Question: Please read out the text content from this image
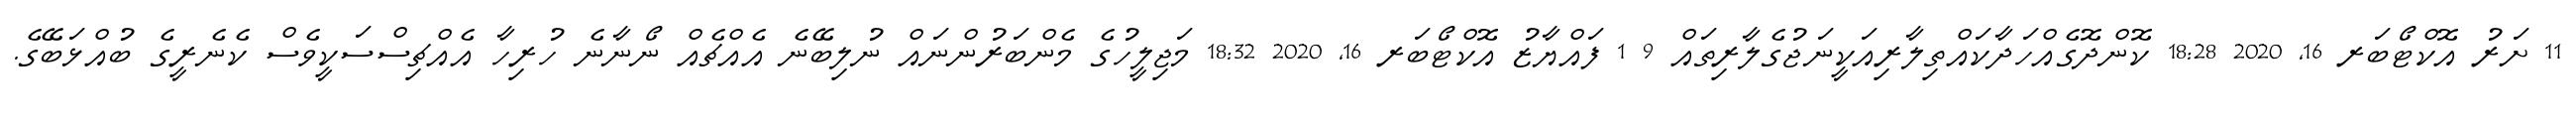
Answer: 11 ށަރު އޮކްޓޯބަރ 16, 2020 18:28 ކޮންދޮގެއްހަދާކައްތިލާރިއަކީނަޖުގެލާރިތައް 9 1 ފައްޔާޒު އޮކްޓޯބަރ 16, 2020 18:32 މަޖިލީހުގެ މެންބަރުންނައް ނުލިބޭނެ އެއްޗެއް ނޯނާނެ ހުރިހާ އެއްޗިސްސަކީވެސް ކެނެރީގެ ބުއްޅަބޭގެ.